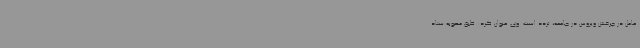
عامل در چرخش ویروس در جامعه، تردد است. وی عنوان کرد: طبق مصوبه ستاد